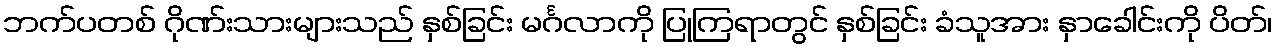
ဘက်ပတစ် ဂိုဏ်းသားများသည် နှစ်ခြင်း မင်္ဂလာကို ပြုကြရာတွင် နှစ်ခြင်း ခံသူအား နှာခေါင်းကို ပိတ်၊